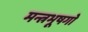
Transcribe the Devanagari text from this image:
मन्त्रभूषगो